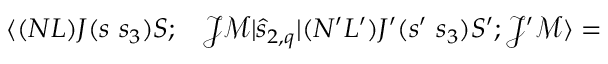
\begin{array} { r l } { \langle ( N L ) J ( s ~ s _ { 3 } ) S ; } & { { } \mathcal { J } \mathcal { M } | \hat { s } _ { 2 , q } | ( N ^ { \prime } L ^ { \prime } ) J ^ { \prime } ( s ^ { \prime } ~ s _ { 3 } ) S ^ { \prime } ; \mathcal { J } ^ { \prime } \mathcal { M } \rangle = } \end{array}